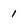
Character: 1